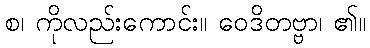
စ၊ ကိုလည်းကောင်း။ ဝေဒိတဗ္ဗာ၊ ၏။